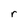
Character: r